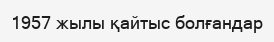
1957 жылы қайтыс болғандар